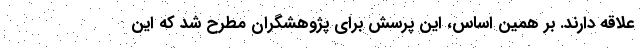
علاقه دارند. بر همین اساس، این پرسش برای پژوهشگران مطرح شد که این